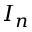
I _ { n }